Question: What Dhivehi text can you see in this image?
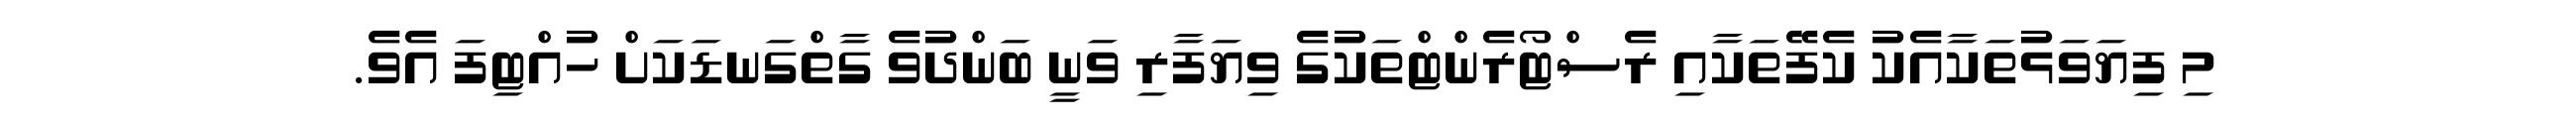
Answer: މި ފިޔަވަޅުތަކާއެކު ކެފޭތަކާއި ރެސްޓޯރެންޓްތަކުގެ ވިޔަފާރި ވަނީ ބަންދުވެ ގާތްގަނޑަކަށް ހުއްޓިފަ އެވެ.